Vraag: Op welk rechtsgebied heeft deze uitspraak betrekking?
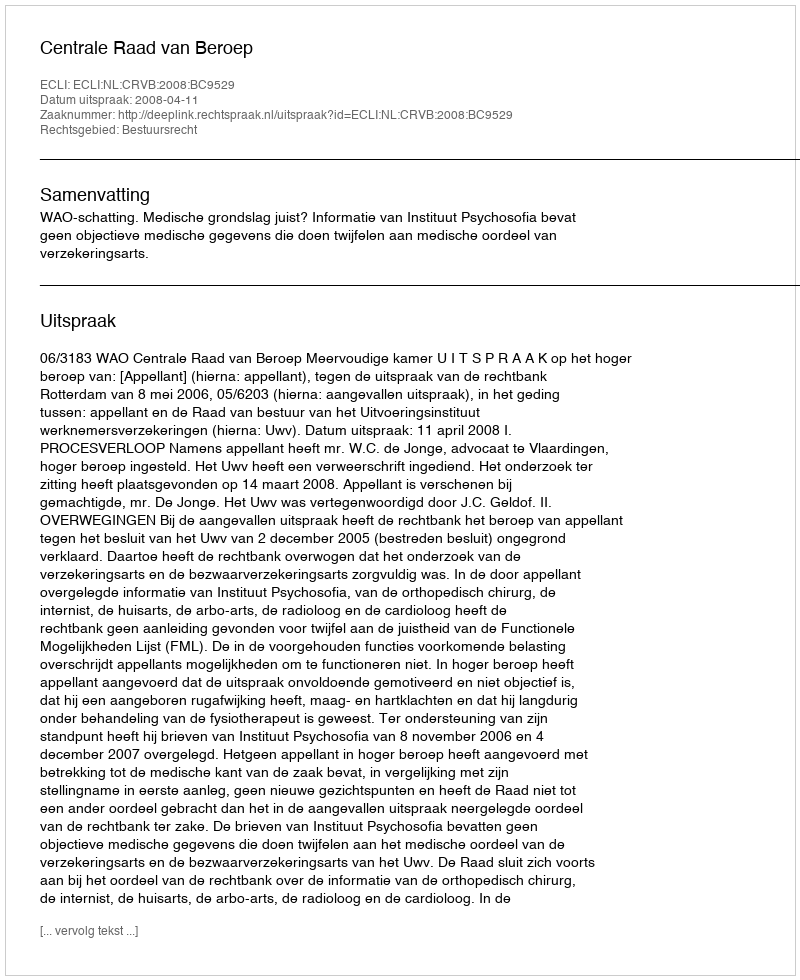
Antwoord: Bestuursrecht